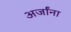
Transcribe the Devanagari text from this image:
अर्जांना